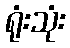
ရုံးသုံး